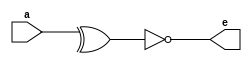
module odd_parity_6bit(a,e);
input [5:0] a;
output e;
wire w1;
assign w1 = ^a;
assign e = ~w1;
endmodule
//////////////////////////////////////Test Bench/////////////////////////////////

module odd_parity_6bit_tb();
reg [5:0] a;
wire e;
odd_parity_6bit o1(a,e);
initial
	begin
	a=6'b111001;
#5	a=6'b110111;
#5
$stop;
end
endmodule